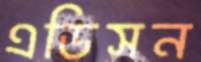
এডিসন